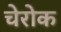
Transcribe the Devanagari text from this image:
चेरोक